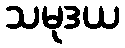
သမုဒယ